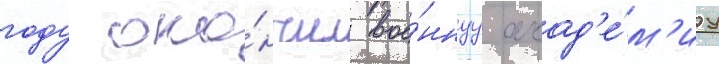
году око́нчил вое́ннуу акад'е́м'иу